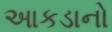
આકડાનો